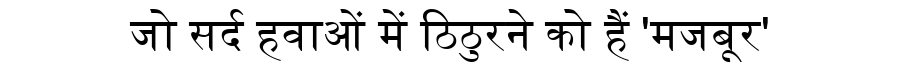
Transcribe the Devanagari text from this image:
जो सर्द हवाओं में ठिठुरने को हैं 'मजबूर'